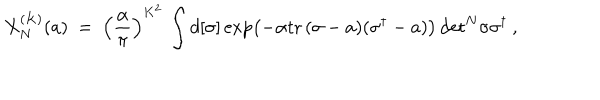
X _ { N } ^ { ( K ) } ( a ) \ = \ \left( \frac { \alpha } { \pi } \right) ^ { K ^ { 2 } } \, \int d [ \sigma ] \exp \left( - \alpha { \mathrm { t r } \, } ( \sigma - a ) ( \sigma ^ { \dagger } - a ) \right) \, \mathrm { d e t } ^ { N } \sigma \sigma ^ { \dagger } \: ,